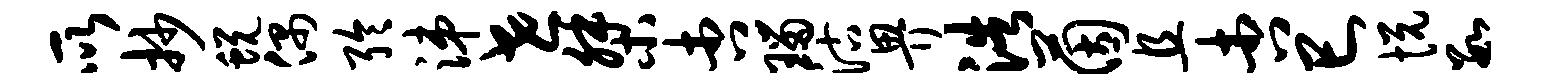
所抄蜕偶聆涕世桀杏瑙沽畀浩茵且杏巳悦数